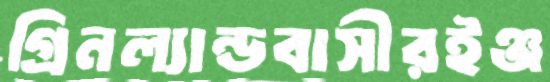
গ্রিনল্যান্ডবাসীরইঞ্জ